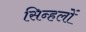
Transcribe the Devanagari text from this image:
सिन्हलों